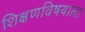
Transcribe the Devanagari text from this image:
शिक्षणविषयाला